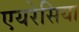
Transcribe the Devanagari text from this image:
एयरेसिया